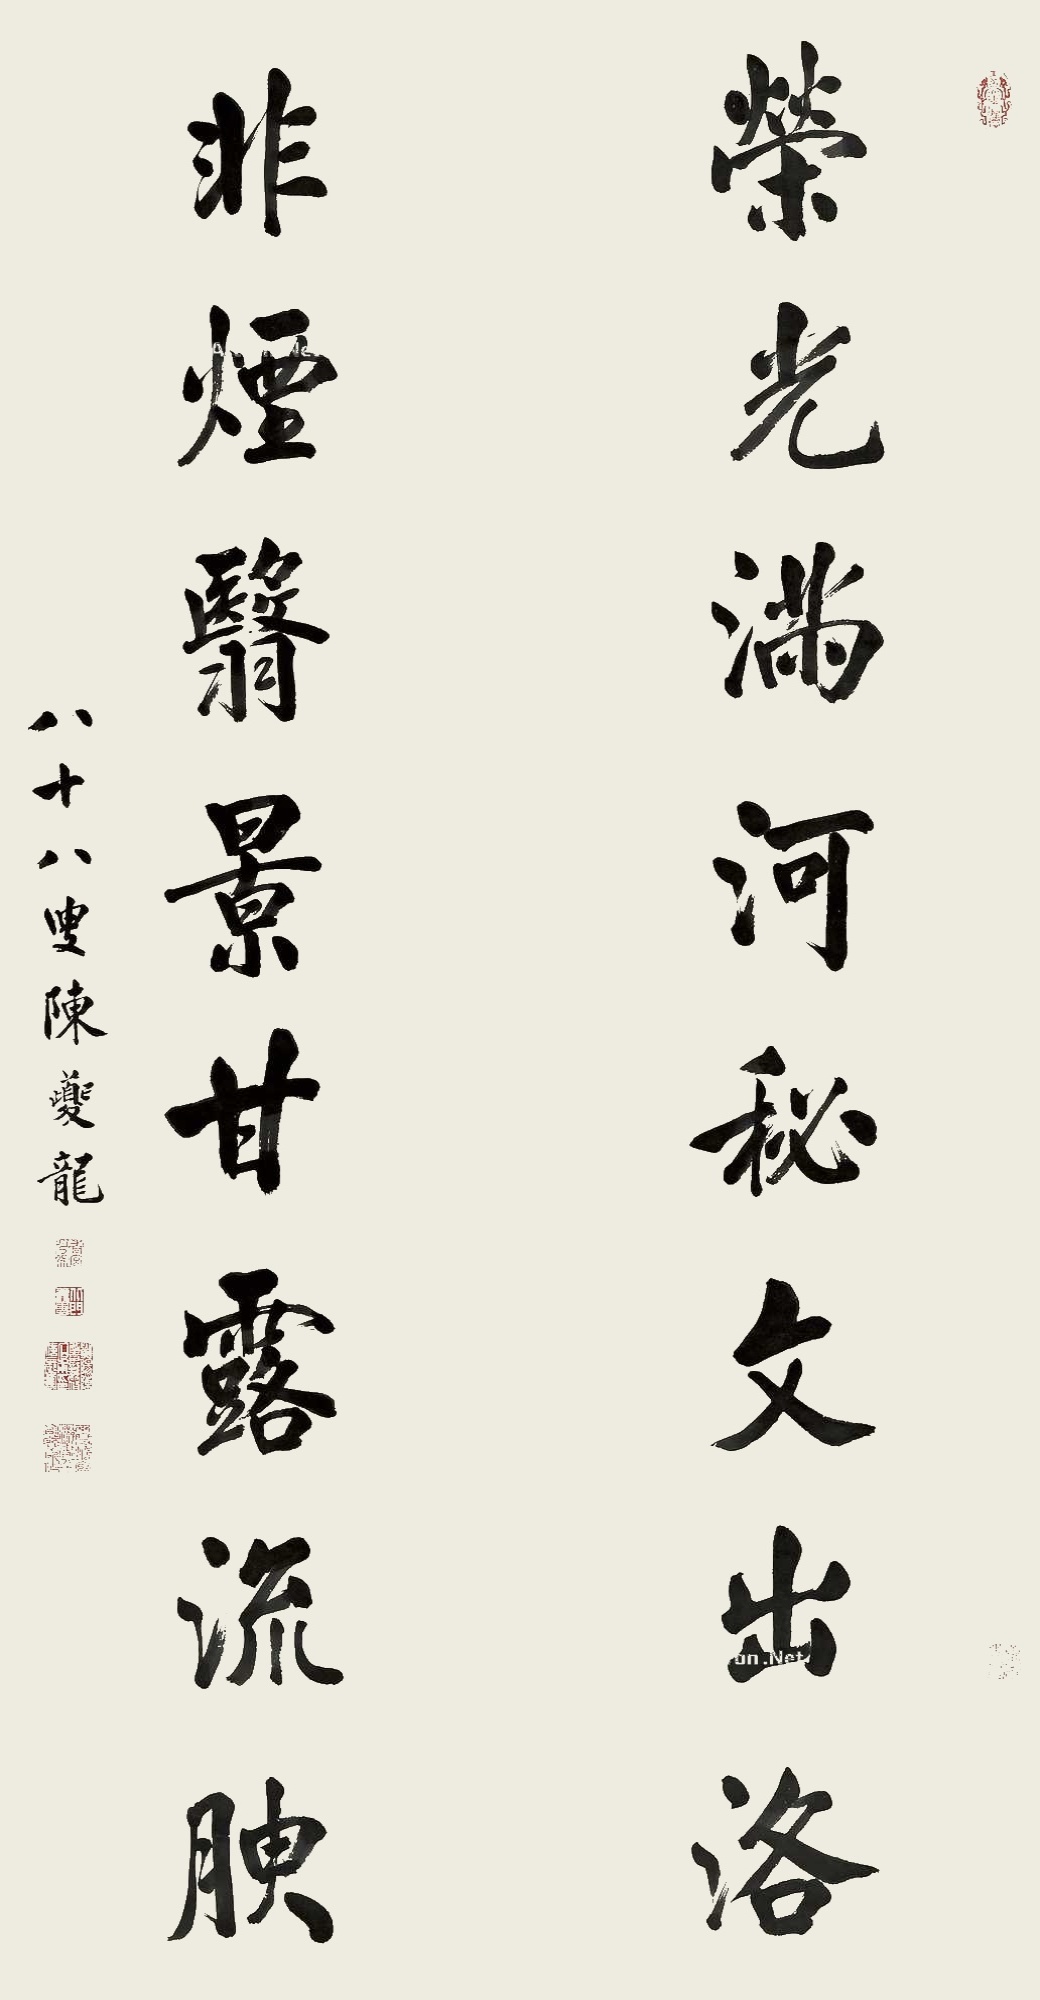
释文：荣光满河秘文出洛，非烟翳景甘露流腴。八十八叟，陈夔龙。